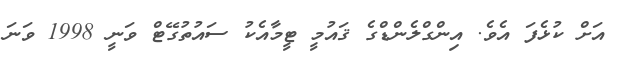
އަށް ކުޅެފަ އެވެ. އިންގްލެންޑްގެ ޤައުމީ ޓީމާއެކު ސައުތުގޭޓް ވަނީ 1998 ވަނަ